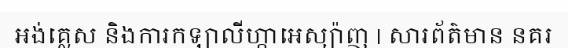
អង់គ្លេស និងការកឡាលីហ្កាអេស្ប៉ាញ | សារព័ត៌មាន នគរ